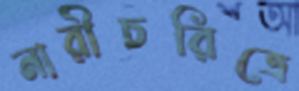
নারীচরিত্রে